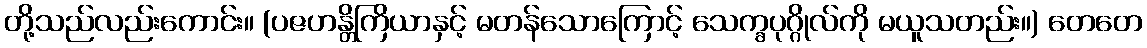
တို့သည်လည်းကောင်း။ (ပဇဟန္တိကြိယာနှင့် မတန်သောကြောင့် သေက္ခပုဂ္ဂိုလ်ကို မယူသတည်း။) တေတေ